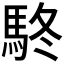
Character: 𩢦